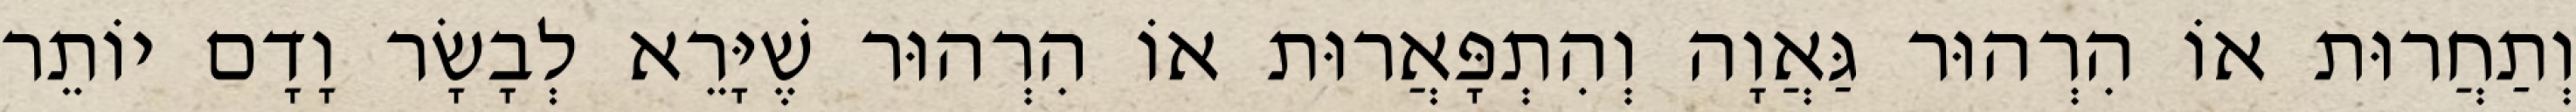
וְתַחֲרוּת אוֹ הִרְהוּר גַּאֲוָה וְהִתְפָּאֲרוּת אוֹ הִרְהוּר שֶׁיָּרֵא לְבָשָׂר וָדָם יוֹתֵר